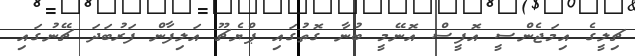
ޗިލީގެ އިމަޖެންސީ އޮފީސް އޮނޭމީ ބުނާ ގޮތުގައި ޕްޔެޗޫ އަލިފާން ފަރުބަދަ ޗޭނުގައި